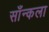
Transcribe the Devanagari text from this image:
साँन्कला